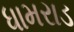
ધામરાડ